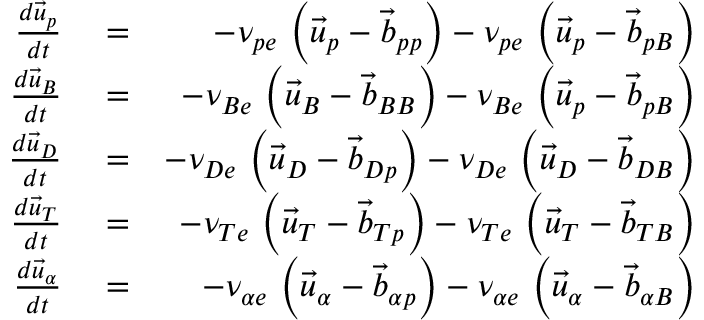
\begin{array} { r l r } { \frac { d \vec { u } _ { p } } { d t } } & { { } = } & { - \nu _ { p e } \, \left( \vec { u } _ { p } - \vec { b } _ { p p } \right) - \nu _ { p e } \, \left( \vec { u } _ { p } - \vec { b } _ { p B } \right) } \\ { \frac { d \vec { u } _ { B } } { d t } } & { { } = } & { - \nu _ { B e } \, \left( \vec { u } _ { B } - \vec { b } _ { B B } \right) - \nu _ { B e } \, \left( \vec { u } _ { p } - \vec { b } _ { p B } \right) } \\ { \frac { d \vec { u } _ { D } } { d t } } & { { } = } & { - \nu _ { D e } \, \left( \vec { u } _ { D } - \vec { b } _ { D p } \right) - \nu _ { D e } \, \left( \vec { u } _ { D } - \vec { b } _ { D B } \right) } \\ { \frac { d \vec { u } _ { T } } { d t } } & { { } = } & { - \nu _ { T e } \, \left( \vec { u } _ { T } - \vec { b } _ { T p } \right) - \nu _ { T e } \, \left( \vec { u } _ { T } - \vec { b } _ { T B } \right) } \\ { \frac { d \vec { u } _ { \alpha } } { d t } } & { { } = } & { - \nu _ { \alpha e } \, \left( \vec { u } _ { \alpha } - \vec { b } _ { \alpha p } \right) - \nu _ { \alpha e } \, \left( \vec { u } _ { \alpha } - \vec { b } _ { \alpha B } \right) } \end{array}